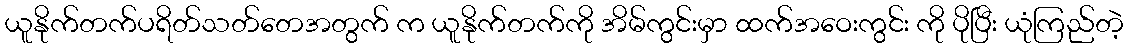
ယူနိုက်တက်ပရိတ်သတ်တေအတွက် က ယူနိုက်တက်ကို အိမ်ကွင်းမှာ ထက်အဝေးကွင်း ကို ပိုပြီး ယုံကြည်တဲ့